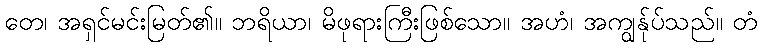
တေ၊ အရှင်မင်းမြတ်၏။ ဘရိယာ၊ မိဖုရားကြီးဖြစ်သော။ အဟံ၊ အကျွန်ုပ်သည်။ တံ